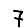
Digit: 7